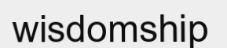
wisdomship